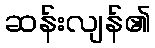
ဆန်းလျန်၏